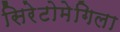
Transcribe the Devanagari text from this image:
सिरेटोमेगिला